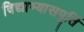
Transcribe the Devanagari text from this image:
विद्याभ्यासपूर्ति